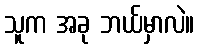
သူက အခု ဘယ်မှာလဲ။